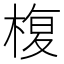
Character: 椱